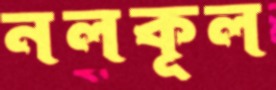
নলকূল